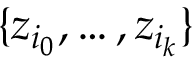
\{ z _ { i _ { 0 } } , \ldots , z _ { i _ { k } } \}